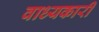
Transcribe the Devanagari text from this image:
वाध्यकारी